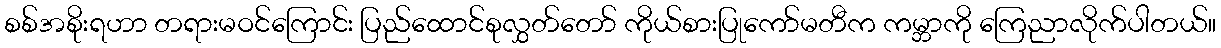
စစ်အစိုးရဟာ တရားမဝင်ကြောင်း ပြည်ထောင်စုလွှတ်တော် ကိုယ်စားပြုကော်မတီက ကမ္ဘာကို ကြေညာလိုက်ပါတယ်။